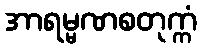
အာရမ္မဏစတုက္ကံ